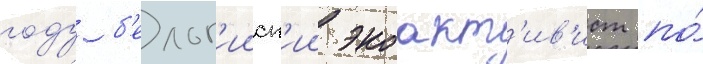
году б'ельг'ииск'ии экоакт'ив'ист по́